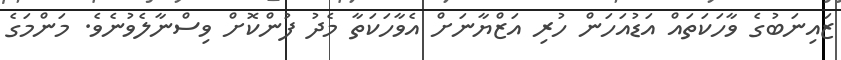
ޒައިނަބުގެ ވާހަކަތައް އަޑުއަހަން ހުރި އަޒްޔާނަށް އެވާހަކަތާ މެދު ފުންކޮށް ވިސްނާލެވުނެވެ. މަންމަގެ